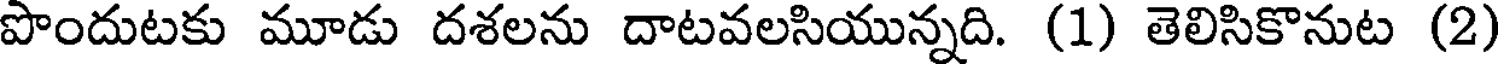
పొందుటకు మూడు దశలను దాటవలసియున్నది. (1) తెలిసికొనుట (2)